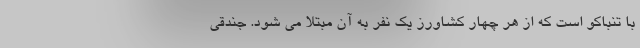
با تنباکو است که از هر چهار کشاورز یک نفر به آن مبتلا می ‌شود. جندقی